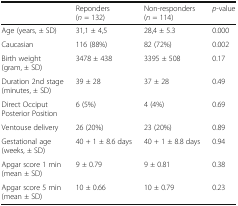
|  | Reponders (n = 132) | Non-responders (n = 114) | p-value |
 | --- | --- | --- | --- |
 | Age (years, ± SD) | 31,1 ± 4,5 | 28,4 ± 5.3 | 0.000 |
 | Caucasian | 116 (88%) | 82 (72%) | 0.002 |
 | Birth weight (gram, ± SD) | 3478 ± 438 | 3395 ± 508 | 0.17 |
 | Duration 2nd stage (minutes, ± SD) | 39 ± 28 | 37 ± 28 | 0.49 |
 | Direct Occiput Posterior Position | 6 (5%) | 4 (4%) | 0.69 |
 | Ventouse delivery | 26 (20%) | 23 (20%) | 0.89 |
 | Gestational age (weeks, ± SD) | 40 + 1 ± 8.6 days | 40 + 1 ± 8.8 days | 0.94 |
 | Apgar score 1 min (mean ± SD) | 9 ± 0.79 | 9 ± 0.81 | 0.38 |
 | Apgar score 5 min (mean ± SD) | 10 ± 0.66 | 10 ± 0.79 | 0.23 |